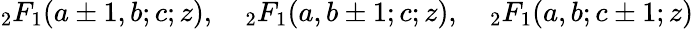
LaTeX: {}_{2}F_{1}(a\pm 1,b;c;z),\quad{}_{2}F_{1}(a,b\pm 1;c;z),\quad{}_{2}F_{1}(a,b;c\pm 1;z)